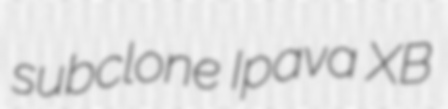
subclone Ipava XB